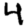
Digit: 4